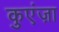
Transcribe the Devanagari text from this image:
कुएंज़ा